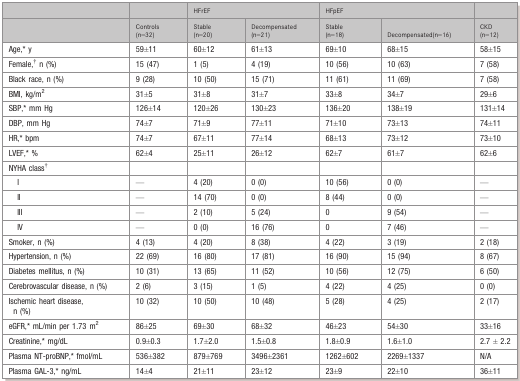
<table><thead><tr><td></td><td></td><td colspan="2"><b>HFrEF</b></td><td colspan="2"><b>HFpEF</b></td><td></td></tr><tr><td></td><td><b>Controls (n=32)</b></td><td><b>Stable (n=20)</b></td><td><b>Decompensated (n=21)</b></td><td><b>Stable (n=18)</b></td><td><b>Decompensated(n=16)</b></td><td><b>CKD (n=12)</b></td></tr></thead><tbody><tr><td>Age,* y</td><td>59±11</td><td>60±12</td><td>61±13</td><td>69±10</td><td>68±15</td><td>58±15</td></tr><tr><td>Female,† n (%)</td><td>15 (47)</td><td>1 (5)</td><td>4 (19)</td><td>10 (56)</td><td>10 (63)</td><td>7 (58)</td></tr><tr><td>Black race, n (%)</td><td>9 (28)</td><td>10 (50)</td><td>15 (71)</td><td>11 (61)</td><td>11 (69)</td><td>7 (58)</td></tr><tr><td>BMI, kg/m<sup>2</sup></td><td>31±5</td><td>31±8</td><td>31±7</td><td>33±8</td><td>34±7</td><td>29±6</td></tr><tr><td>SBP,* mm Hg</td><td>126±14</td><td>120±26</td><td>130±23</td><td>136±20</td><td>138±19</td><td>131±14</td></tr><tr><td>DBP, mm Hg</td><td>74±7</td><td>71±9</td><td>77±11</td><td>71±10</td><td>73±13</td><td>74±11</td></tr><tr><td>HR,* bpm</td><td>74±7</td><td>67±11</td><td>77±14</td><td>68±13</td><td>73±12</td><td>73±10</td></tr><tr><td>LVEF,* %</td><td>62±4</td><td>25±11</td><td>26±12</td><td>62±7</td><td>61±7</td><td>62±6</td></tr><tr><td>NYHA class†</td><td></td><td></td><td></td><td></td><td></td><td></td></tr><tr><td>I</td><td>—</td><td>4 (20)</td><td>0 (0)</td><td>10 (56)</td><td>0 (0)</td><td>—</td></tr><tr><td>II</td><td>—</td><td>14 (70)</td><td>0 (0)</td><td>8 (44)</td><td>0 (0)</td><td>—</td></tr><tr><td>III</td><td>—</td><td>2 (10)</td><td>5 (24)</td><td>0</td><td>9 (54)</td><td>—</td></tr><tr><td>IV</td><td>—</td><td>0 (0)</td><td>16 (76)</td><td>0</td><td>7 (46)</td><td>—</td></tr><tr><td>Smoker, n (%)</td><td>4 (13)</td><td>4 (20)</td><td>8 (38)</td><td>4 (22)</td><td>3 (19)</td><td>2 (18)</td></tr><tr><td>Hypertension, n (%)</td><td>22 (69)</td><td>16 (80)</td><td>17 (81)</td><td>16 (90)</td><td>15 (94)</td><td>8 (67)</td></tr><tr><td>Diabetes mellitus, n (%)</td><td>10 (31)</td><td>13 (65)</td><td>11 (52)</td><td>10 (56)</td><td>12 (75)</td><td>6 (50)</td></tr><tr><td>Cerebrovascular disease, n (%)</td><td>2 (6)</td><td>3 (15)</td><td>1 (5)</td><td>4 (22)</td><td>4 (25)</td><td>0 (0)</td></tr><tr><td>Ischemic heart disease, n (%)</td><td>10 (32)</td><td>10 (50)</td><td>10 (48)</td><td>5 (28)</td><td>4 (25)</td><td>2 (17)</td></tr><tr><td>eGFR,* mL/min per 1.73 m<sup>2</sup></td><td>86±25</td><td>69±30</td><td>68±32</td><td>46±23</td><td>54±30</td><td>33±16</td></tr><tr><td>Creatinine,* mg/dL</td><td>0.9±0.3</td><td>1.7±2.0</td><td>1.5±0.8</td><td>1.8±0.9</td><td>1.6±1.0</td><td>2.7 ± 2.2</td></tr><tr><td>Plasma NT-proBNP,* fmol/mL</td><td>536±382</td><td>879±769</td><td>3496±2361</td><td>1262±602</td><td>2269±1337</td><td>N/A</td></tr><tr><td>Plasma GAL-3,* ng/mL</td><td>14±4</td><td>21±11</td><td>23±12</td><td>23±9</td><td>22±10</td><td>36±11</td></tr></tbody></table>